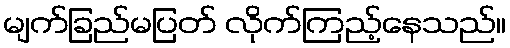
မျက်ခြည်မပြတ် လိုက်ကြည့်နေသည်။